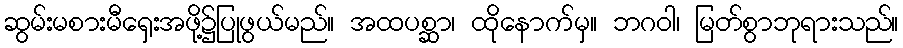
ဆွမ်းမစားမီရှေးအဖို့၌ပြုဖွယ်မည်။ အထပစ္ဆာ၊ ထိုနောက်မှ။ ဘဂဝါ၊ မြတ်စွာဘုရားသည်။